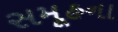
સમૂહના